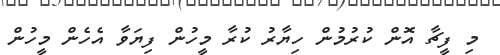
މި ފީޗާ އޮން ކުރުމުން ހިޔާރު ކުރާ މީހުން ފިޔަވާ އެހެން މީހުން